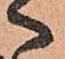
へ